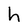
Character: h